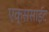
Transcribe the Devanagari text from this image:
एक्ससाईट